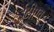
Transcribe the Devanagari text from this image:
ईटीएच